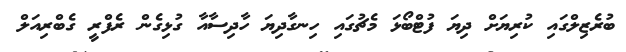
ބުރެޒިލްގައި ކުރިޔަށް ދިޔަ ފުޓްބޯޅަ މެޗުގައި ހިނގާދިޔަ ހާދިސާއާ ގުޅިގެން ރެފްރީ ގެބްރިއަލް